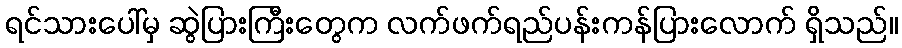
ရင်သားပေါ်မှ ဆွဲပြားကြီးတွေက လက်ဖက်ရည်ပန်းကန်ပြားလောက် ရှိသည်။